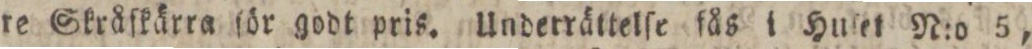
re Skråſkärra för godt pris. Underrättelſe fås i Huſet N:o 5,